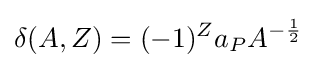
\delta (A,Z)=(-1)^{Z}a_{P}A^{-{\frac {1}{2}}}